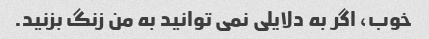
خوب، اگر به دلایلی نمی توانید به من زنگ بزنید.